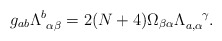
\begin{align*}g_{ab} \Lambda_{~\alpha \beta}^{b} = 2 (N+4) \Omega_{\beta \alpha} \Lambda_{a,\alpha}^{~~~\gamma}.\end{align*}